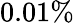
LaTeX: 0.01\%